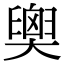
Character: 𦦉